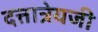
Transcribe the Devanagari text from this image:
दत्तात्रेयजी